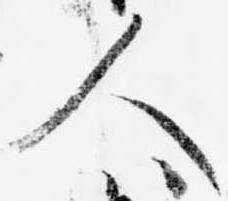
人